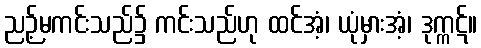
ညဉ့်မကင်းသည်၌ ကင်းသည်ဟု ထင်အံ့၊ ယုံမှားအံ့၊ ဒုက္ကဋ်။